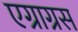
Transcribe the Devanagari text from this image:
एग्राग्रस